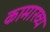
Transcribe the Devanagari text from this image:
कामाख्य